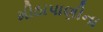
મીઠાપાણીના